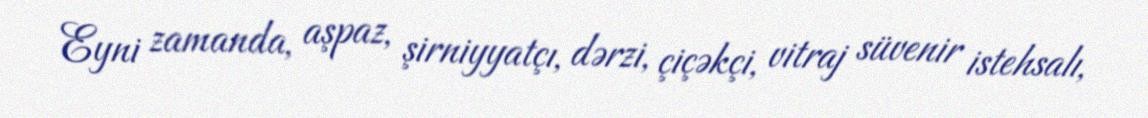
Eyni zamanda, aşpaz, şirniyyatçı, dərzi, çiçəkçi, vitraj süvenir istehsalı,